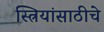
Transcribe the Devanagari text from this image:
स्त्रियांसाठीचे